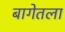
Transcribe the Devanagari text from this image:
बागेतला